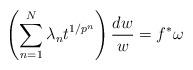
LaTeX: \begin{align*}\left(\sum_{n=1}^N \lambda_nt^{1/p^n}\right)\frac{dw}{w} = f^*\omega\end{align*}